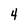
Character: 4